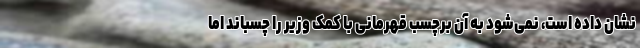
نشان داده است، نمی‌شود به آن برچسب قهرمانی با کمک وزیر را چسباند اما